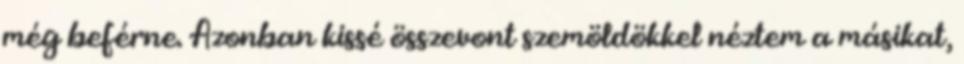
még beférne. Azonban kissé összevont szemöldökkel néztem a másikat,